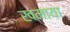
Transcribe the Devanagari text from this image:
खमाया